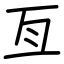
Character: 亙